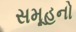
સમૂહનો